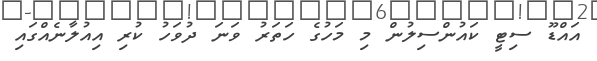
އައްޑޫ ސިޓީ ކައުންސިލުން މި މަހުގެ ހަތަރު ވަނަ ދުވަހު ކުރި އިއުލާނެއްގައި